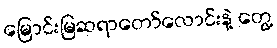
မြောင်းမြဆရာတော်လောင်းနဲ့ တွေ့